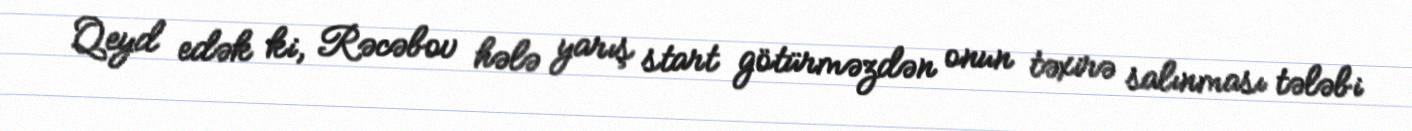
Qeyd edək ki, Rəcəbov hələ yarış start götürməzdən onun təxirə salınması tələbi